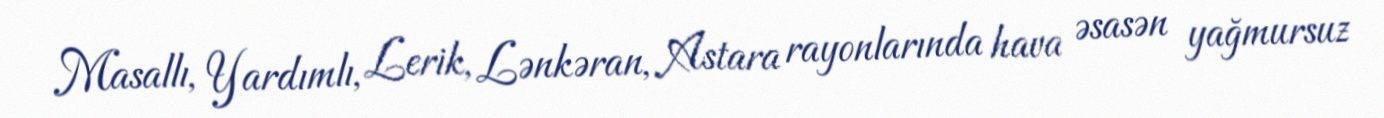
Masallı, Yardımlı, Lerik, Lənkəran, Astara rayonlarında hava əsasən yağmursuz